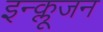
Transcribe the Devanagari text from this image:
इन्क्लूजन